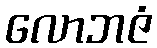
လောဘဇံ